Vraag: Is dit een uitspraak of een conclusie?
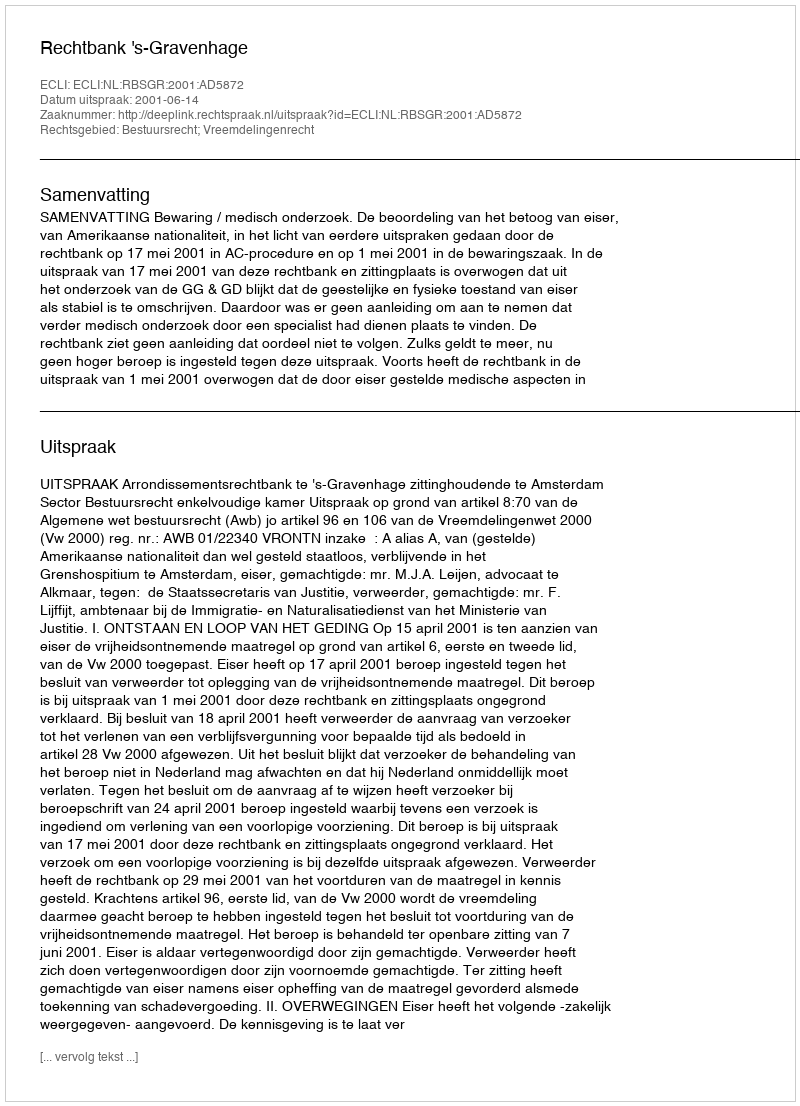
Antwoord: Uitspraak